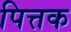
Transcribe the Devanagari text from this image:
पित्तक